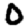
Digit: 0